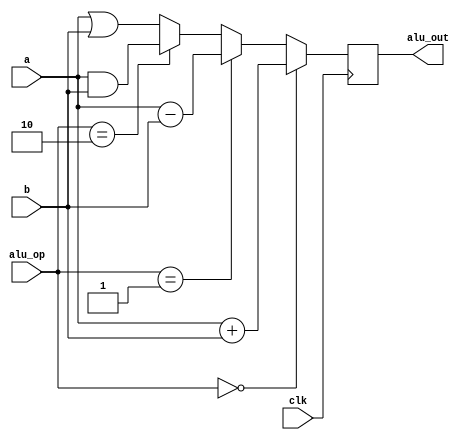
module alu(clk, a, b, alu_op, alu_out);
input clk;
input [3:0] a;
input [3:0] b;
input [1:0] alu_op;
output [3:0] alu_out;

reg [3:0] alu_out; // change the alu_op data type from wire to reg

parameter ALUOP_ADD = 2'b00,
		ALUOP_SUB = 2'b01,
		ALUOP_AND = 2'b10,
		ALUOP_OR = 2'b11;

always @ (posedge clk) begin // Trigger this circuit when clk on rising edge
	if (alu_op == ALUOP_ADD)
		alu_out = a + b;
	else if (alu_op == ALUOP_SUB)
		alu_out = a - b;
	else if (alu_op == ALUOP_AND)
		alu_out = a & b;
	else
		alu_out = a | b;

end

endmodule